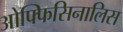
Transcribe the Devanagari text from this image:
ओफ्फिसिनालिस